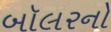
બૉલરનો